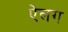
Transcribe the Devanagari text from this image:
ऐलग